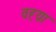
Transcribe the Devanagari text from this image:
वह्य़ा